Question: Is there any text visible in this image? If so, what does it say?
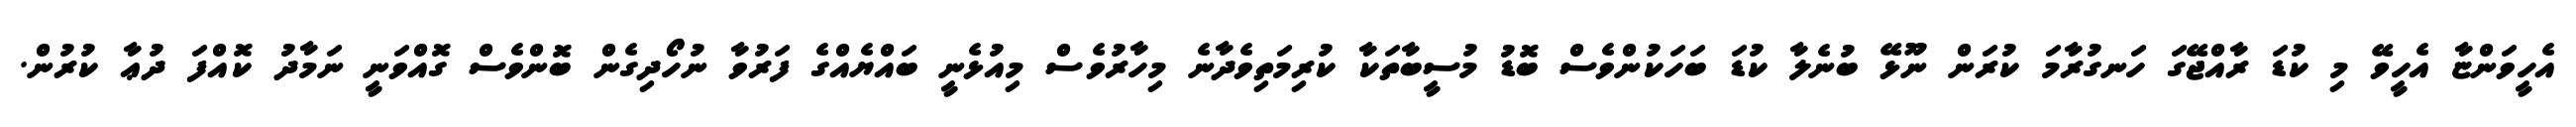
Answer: އެހީވަންޏާ އެހީވޭ މި ކުޑަ ރާއްޖޭގަ ހަނގުރާމަ ކުރަން ނޫޅޭ ބުނެލާ ކުޑަ ބަހަކުންވެސް ބޮޑު މުސީބާތަކާ ކުރިމަތިވެދާނެ މިހާރުވެސް މިއުޅެނީ ބައްޔެއްގެ ފަރުވާ ނުހޯދިގެން ބޮންވެސް ގޮއްވަނީ ނަމާދު ކޮއްފަ ދުޢާ ކުރުން.